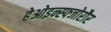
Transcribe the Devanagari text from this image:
हेओइन्स्फ्जोरौर